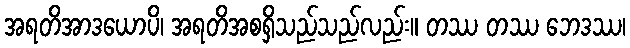
အရတိအာဒယောပိ၊ အရတိအစရှိသည်သည်လည်း။ တဿ တဿ ဘေဒဿ၊